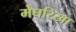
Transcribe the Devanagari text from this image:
मेघरिखा